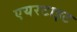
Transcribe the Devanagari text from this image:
एयरटाइट